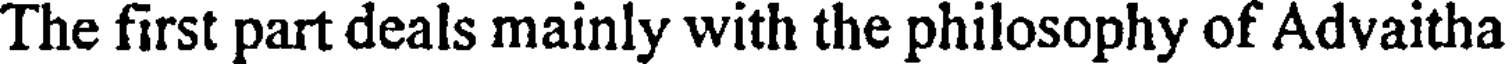
The first part deals mainly with the philosophy of Advaitha